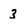
Character: 3